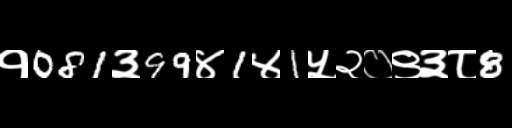
Text: १081३99४1४1५२०९३८8